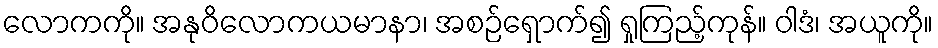
လောကကို။ အနုဝိလောကယမာနာ၊ အစဉ်ရှောက်၍ ရှုကြည့်ကုန်။ ဝါဒံ၊ အယူကို။